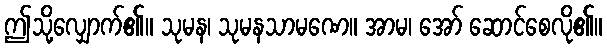
ဤသို့လျှောက်၏။ သုမန၊ သုမနသာမဏေ။ အာမ၊ အော် ဆောင်စေလို၏။